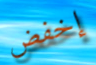
إخفض